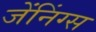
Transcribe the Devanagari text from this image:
जेंनिंग्स